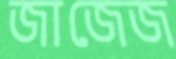
জাজেজ